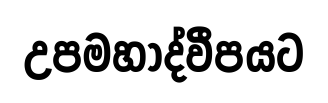
උපමහාද්වීපයට